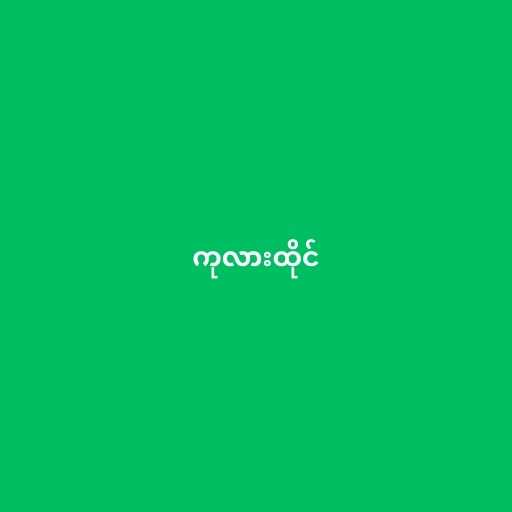
ကုလားထိုင်